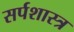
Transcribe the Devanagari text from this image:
सर्पशास्त्र